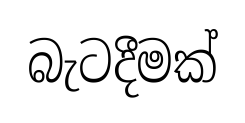
බැටදීමක්